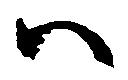
ハ